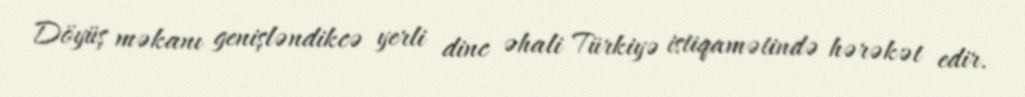
Döyüş məkanı genişləndikcə yerli dinc əhali Türkiyə istiqamətində hərəkət edir.